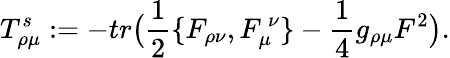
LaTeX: T_{\rho\mu}^{s}:=-tr\big({\frac{1}{2}}\{ F_{\rho\nu},F_{\mu}^{\ \nu}\} -{\frac{1}{4}}g_{\rho\mu}F^{2}\big).